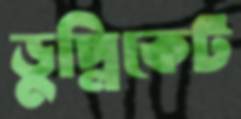
ডুপ্লিকেট